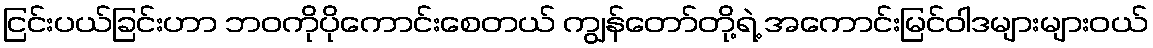
ငြင်းပယ်ခြင်းဟာ ဘဝကိုပိုကောင်းစေတယ် ကျွန်တော်တို့ရဲ့ အကောင်းမြင်ဝါဒများများဝယ်